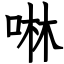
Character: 啉